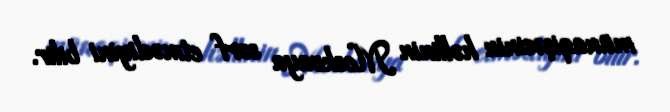
münaqişəsinin həllinin Moskvaya sərf etmədiyini bilir.